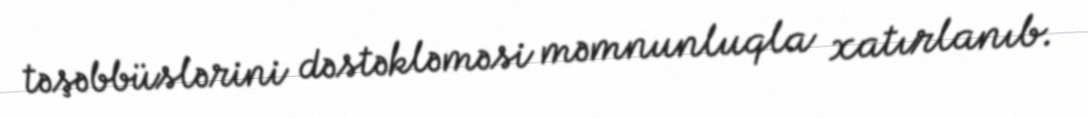
təşəbbüslərini dəstəkləməsi məmnunluqla xatırlanıb.